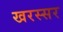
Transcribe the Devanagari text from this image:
खरस्सर